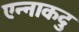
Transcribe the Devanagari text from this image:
एन्नाकदु